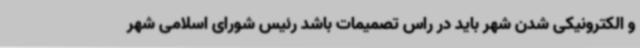
و الکترونیکی شدن شهر باید در راس تصمیمات باشد رئیس شورای اسلامی شهر